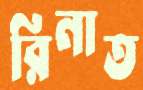
রিনাত